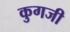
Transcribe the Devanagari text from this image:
कुगजी